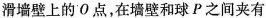
滑墙壁上的O点，在墙壁和球P之间夹有